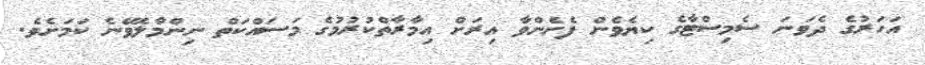
އަހަރުގެ ދެވަނަ ސެމިސްޓާގެ ކިޔެވެން ފެށެންވާ އިރަށް އިމާރާތްކުރުމުގެ މަސައްކަތް ނިންމާލެވޭނެ ކަމަށެވެ.